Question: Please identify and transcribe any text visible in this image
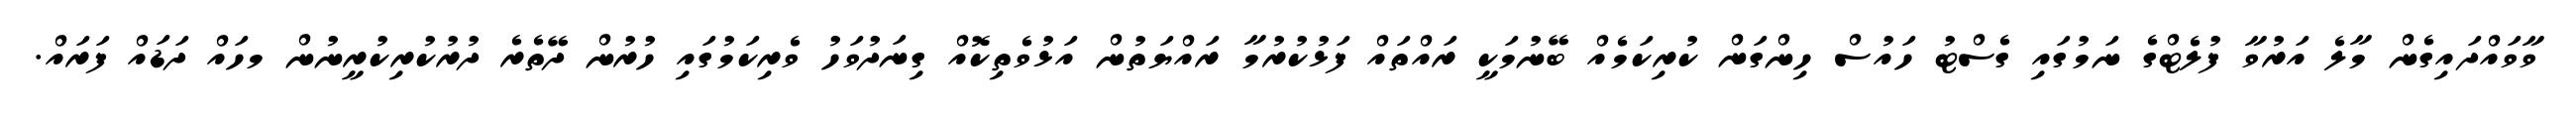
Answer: ވާވައްދައިގެން މާލެ އަރުވާ ފުލެޓްގެ ނަމުގައި ގެސްޓު ހައުސް ހިންގަން ކުރިކަމެއް ބޭނުމަކީ ރައްތައް ފަޅުކުރުމާ ރައްޔަތުން އަޅުވެތިކޮއް ގިނަދުވަހު ވެރިކަމުގައި ހުރުން ދޭތެރެ ދުރުކުރިކުރީނުން މހައް ދަޑައް ފަރައް.